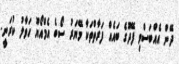
ދޭން އެއްބަސްވި ފޭދޫގެ ބައެއް ފަރާތްތަކާ މޭޔަރު ސޯބެ އެމްއޯޔޫ ހަވާލު ކުރަނީ.